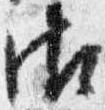
御